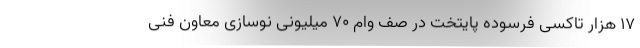
17 هزار تاکسی فرسوده پایتخت در صف وام 70 میلیونی نوسازی معاون فنی